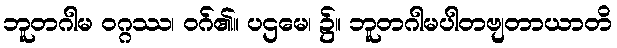
ဘူတဂါမ ဝဂ္ဂဿ၊ ဝဂ်၏။ ပဌမေ၊ ၌။ ဘူတဂါမပါတဗျတာယာတိ